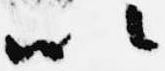
以